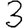
Digit: 3